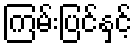
ကြမ်းပြင်နှင့်